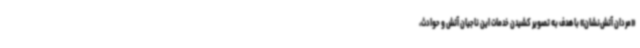
«مردان آتش‌نشان» با هدف به تصویر کشیدن خدمات این ناجیان آتش و حوادث،